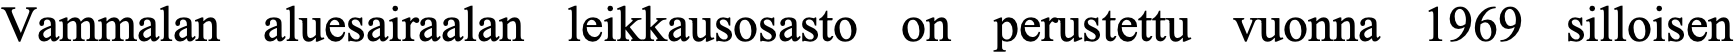
Vammalan aluesairaalan leikkausosasto on perustettu vuonna 1969 silloisen